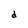
Character: d